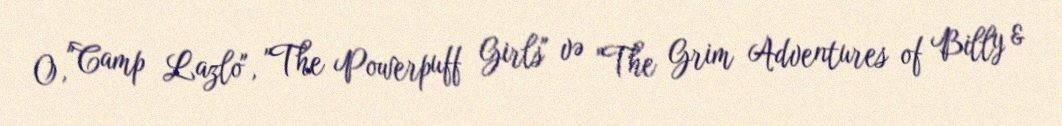
O, "Camp Lazlo", "The Powerpuff Girls" və "The Grim Adventures of Billy &